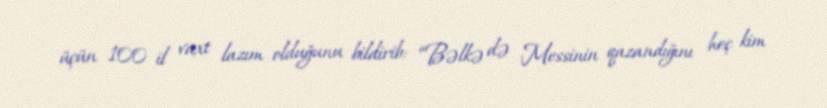
üçün 100 il vaxt lazım olduğunu bildirib: “Bəlkə də Messinin qazandığını heç kim